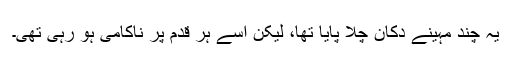
یہ چند مہینے دکان چلا پایا تھا، لیکن اسے ہر قدم پر ناکامی ہو رہی تھی۔